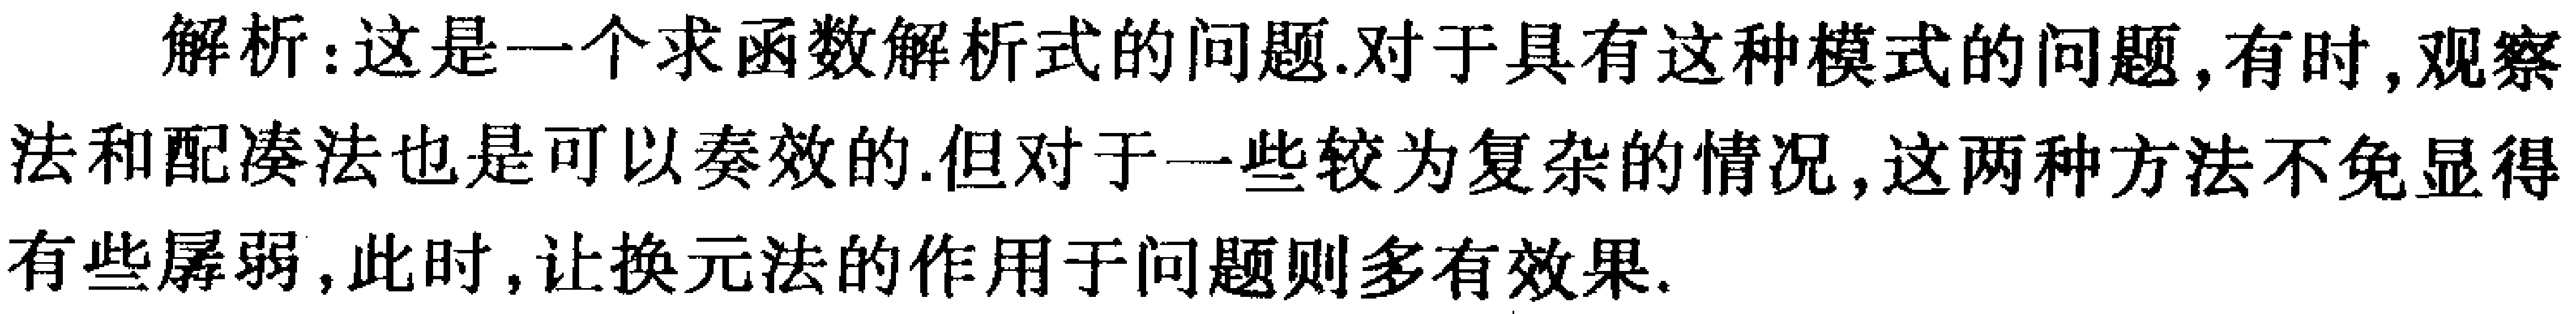
解析：这是一个求函数解析式的问题.对于具有这种模式的问题,有时,观察法和配凑法也是可以奏效的.但对于一些较为复杂的情况,这两种方法不免显得有些孱弱,此时,让换元法的作用于问题则多有效果.